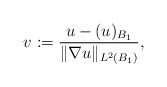
\begin{align*}v := \dfrac{u - (u)_{B_1}}{\|\nabla u\|_{L^2(B_1)}},\end{align*}